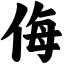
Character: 侮